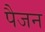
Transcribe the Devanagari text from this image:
पैजन